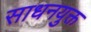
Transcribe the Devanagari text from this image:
साधनयुक्त